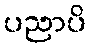
ပညာပိ